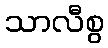
သာလီစွ